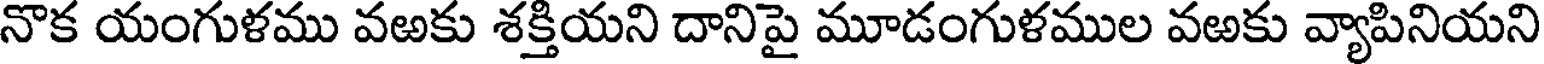
నొక యంగుళము వఱకు శక్తియని దానిపై మూడంగుళముల వఱకు వ్యాపినియని